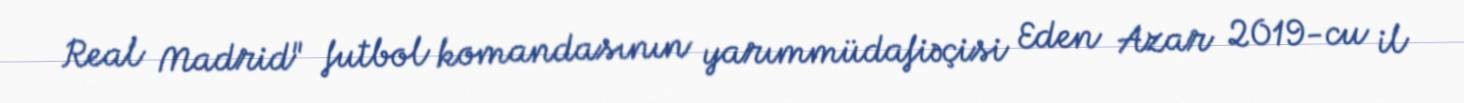
Real Madrid" futbol komandasının yarımmüdafiəçisi Eden Azar 2019-cu il